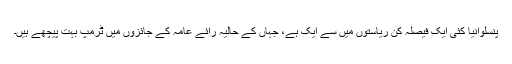
پنسلوانیا کئی ایک فیصلہ کن ریاستوں میں سے ایک ہے، جہاں کے حالیہ رائے عامہ کے جائزوں میں ٹرمپ بہت پیچھے ہیں۔